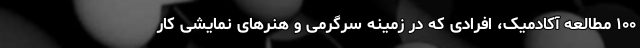
۱۰۰ مطالعه آکادمیک، افرادی که در زمینه سرگرمی و هنرهای نمایشی کار